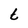
Character: t